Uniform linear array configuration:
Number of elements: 32
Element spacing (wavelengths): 0.25
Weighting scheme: cosine
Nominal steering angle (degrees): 60
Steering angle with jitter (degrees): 59.363
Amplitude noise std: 0.05
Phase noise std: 0.05

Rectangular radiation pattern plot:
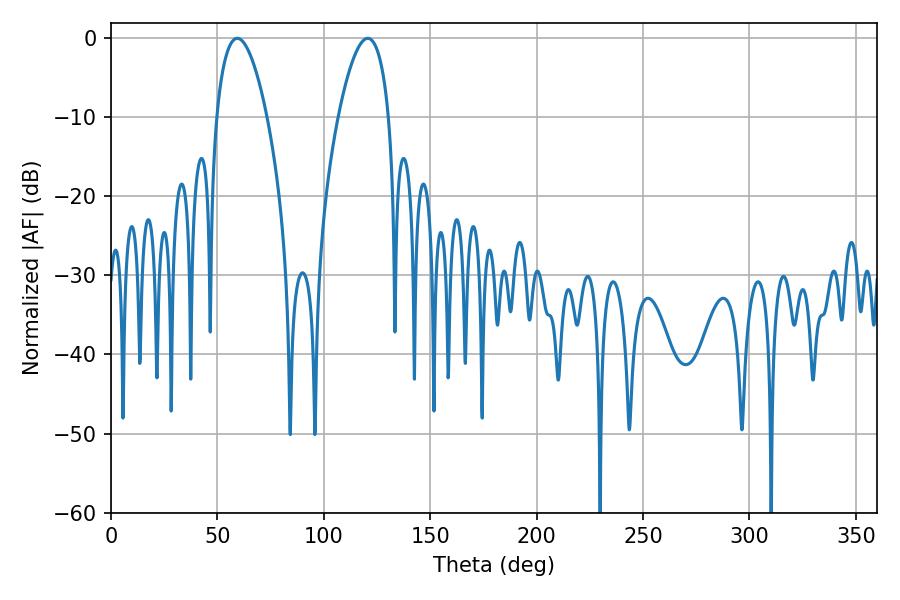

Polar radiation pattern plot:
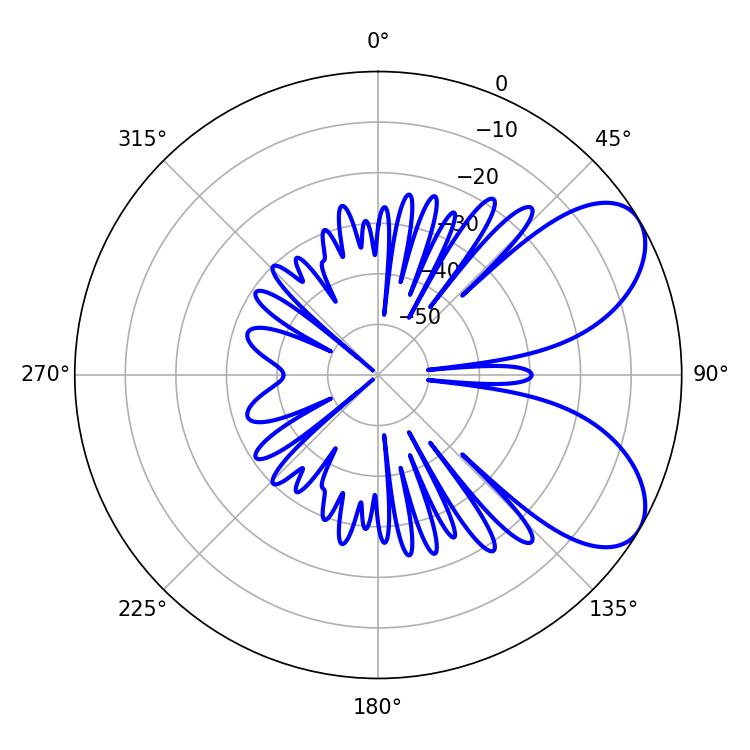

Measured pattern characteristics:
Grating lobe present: FALSE
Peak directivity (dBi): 6.697
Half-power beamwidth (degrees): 13.14
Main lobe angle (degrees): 59.4